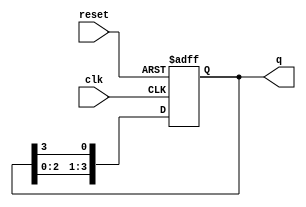
module bistable_ring_counter (
    input wire clk,        // Clock input
    input wire reset,      // Reset input
    output reg [N-1:0] q   // Output state of the counter
);
    parameter N = 4; // Number of flip-flops (change as needed)

    // Initial state for the counter
    initial begin
        q = 1; // Start with the first flip-flop set to '1'
    end

    always @(posedge clk or posedge reset) begin
        if (reset) begin
            q <= 1; // Reset to initial state
        end else begin
            // Shift the bits in the ring
            q <= {q[N-2:0], q[N-1]}; // Shift left and wrap around
        end
    end
endmodule